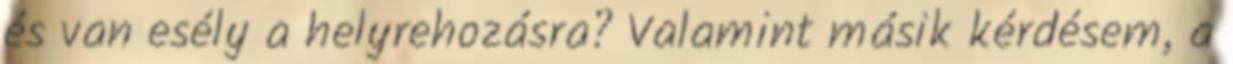
és van esély a helyrehozásra? Valamint másik kérdésem, a